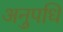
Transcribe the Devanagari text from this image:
अनुपधि